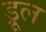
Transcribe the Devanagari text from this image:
ड्रूल